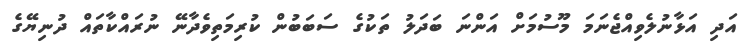
އަދި އަޅާނުލެވިއްޖެނަމަ މޫސުމަށް އަންނަ ބަދަލު ތަކުގެ ސަބަބުން ކުރިމަތިވެދާނޭ ނުރައްކާތައް ދުނިޔޭގެ